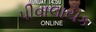
પીવાલાયક